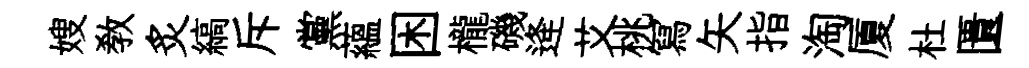
嫂教炙縞斥黨藴困櫳磯逄艾桃冩矢指淘厦杜匱